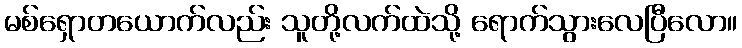
မစ်ရှောတယောက်လည်း သူတို့လက်ထဲသို့ ရောက်သွားလေပြီလော။